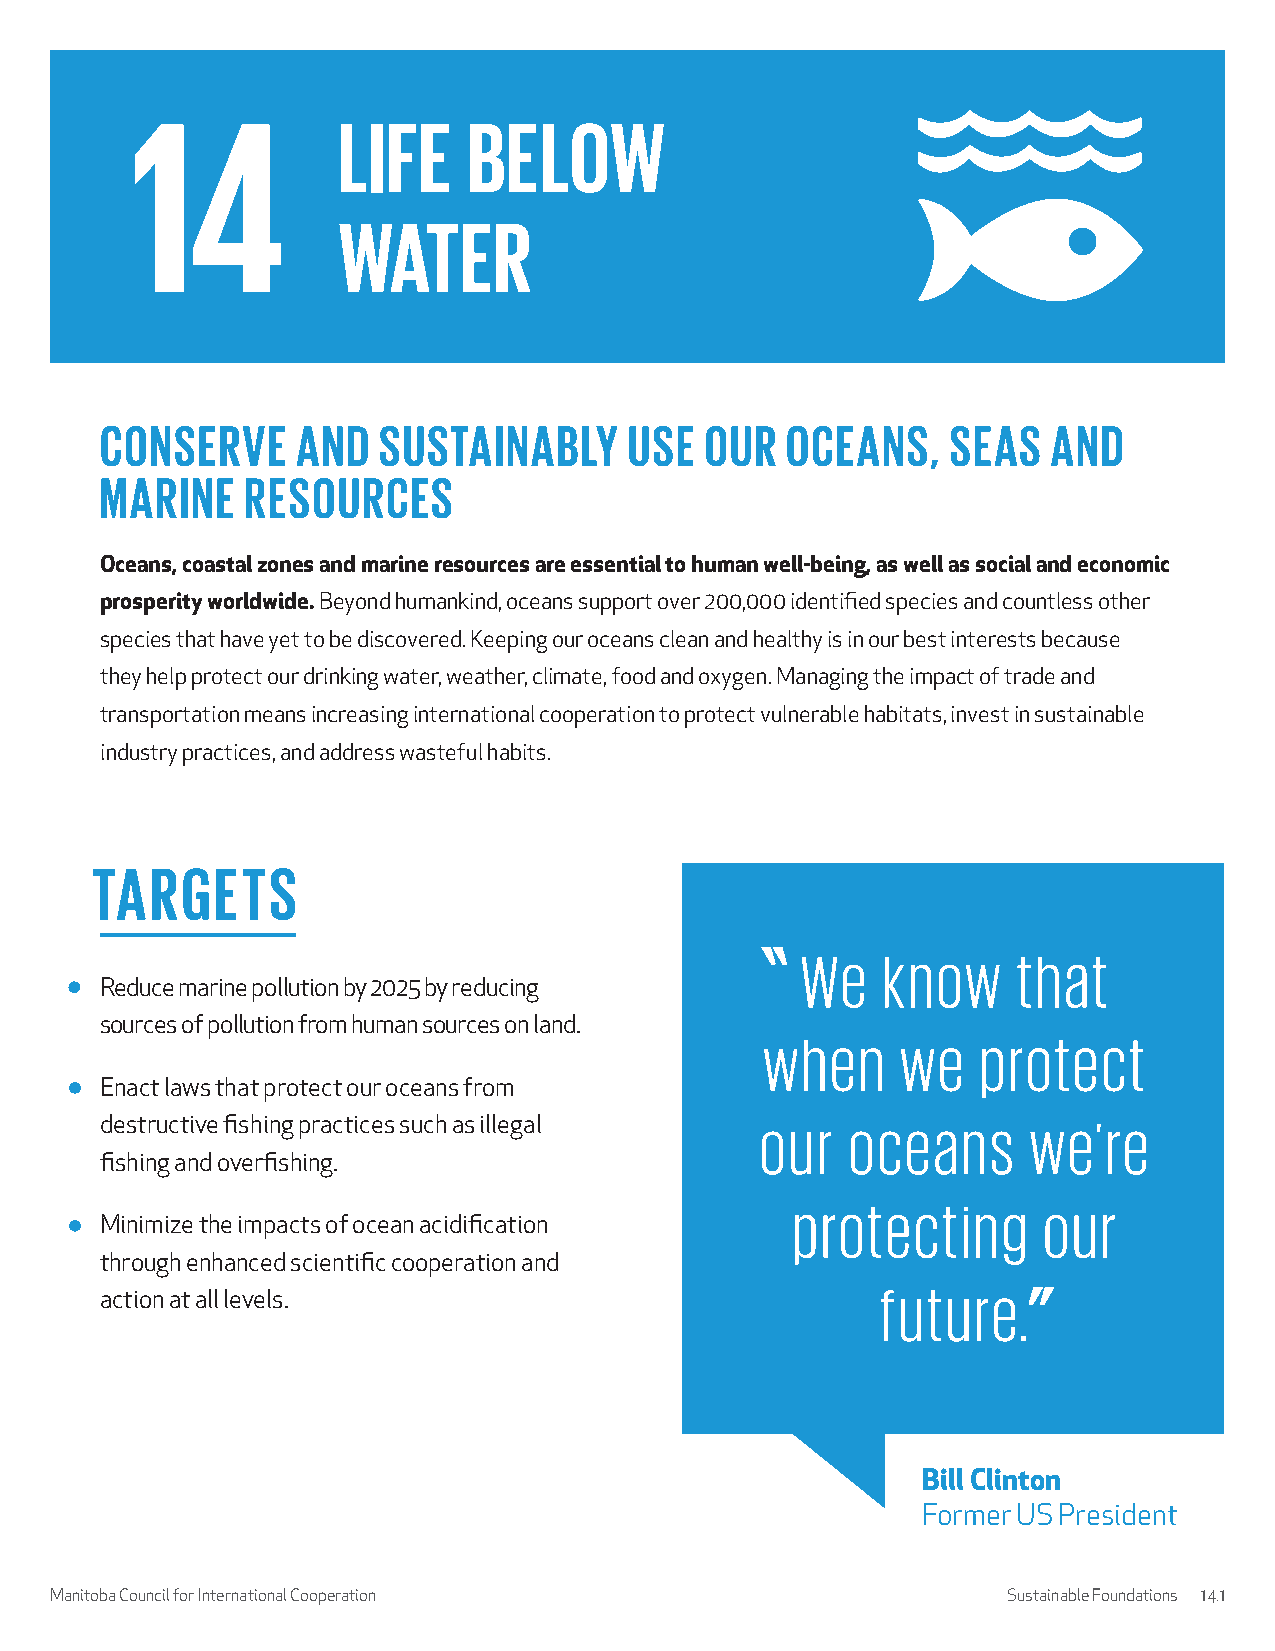
CONSERVE     AND  SUSTAINABLY      USE  OUR  OCEANS,    SEAS   AND
 MARINE   RESOURCES
 Oceans, coastal zones and marine resources are essential to human well-being, as well as social and economic
 prosperity worldwide. Beyond humankind, oceans support over 200,000 identified species and countless other
 species that have yet to be discovered. Keeping our oceans clean and healthy is in our best interests because
 they help protect our drinking water, weather, climate, food and oxygen. Managing the impact of trade and
 transportation means increasing international cooperation to protect vulnerable habitats, invest in sustainable
 industry practices, and address wasteful habits.
 TARGETS
 We   know     that
 Reduce marine pollution by 2025 by reducing
 sources of pollution from human sources on land.
 when     we   protect
 Enact laws that protect our oceans from
 our   oceans      we’re
 destructive fishing practices such as illegal
 fishing and overfishing.
 protecting       our
 Minimize the impacts of ocean acidification
 through enhanced scientific cooperation and
 future.
 action at all levels.
 Bill Clinton
 Former US President
 Manitoba Council for International Cooperation                  Sustainable Foundations 14.1